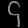
Digit: ၄